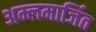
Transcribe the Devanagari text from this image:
अम्लमार्जित